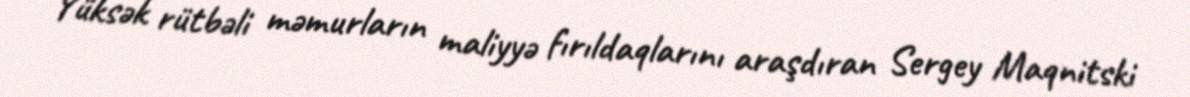
Yüksək rütbəli məmurların maliyyə fırıldaqlarını araşdıran Sergey Maqnitski